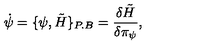
\dot { \psi } = \{ \psi , \tilde { H } \} _ { P . B } = { \frac { \delta \tilde { H } } { \delta \pi _ { \psi } } } ,